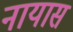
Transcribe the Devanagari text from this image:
नायास